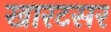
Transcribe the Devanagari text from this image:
खारटसर